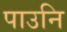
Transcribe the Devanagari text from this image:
पाउनि